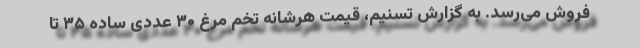
فروش می‌رسد. به گزارش تسنیم، قیمت هرشانه تخم مرغ ۳۰ عددی ساده ۳۵ تا